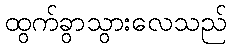
ထွက်ခွာသွားလေသည်